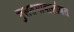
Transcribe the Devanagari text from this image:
चुलतभावासोबत